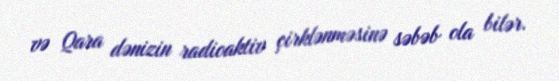
və Qara dənizin radioaktiv çirklənməsinə səbəb ola bilər.